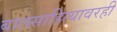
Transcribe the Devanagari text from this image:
बालसाहित्यावरही